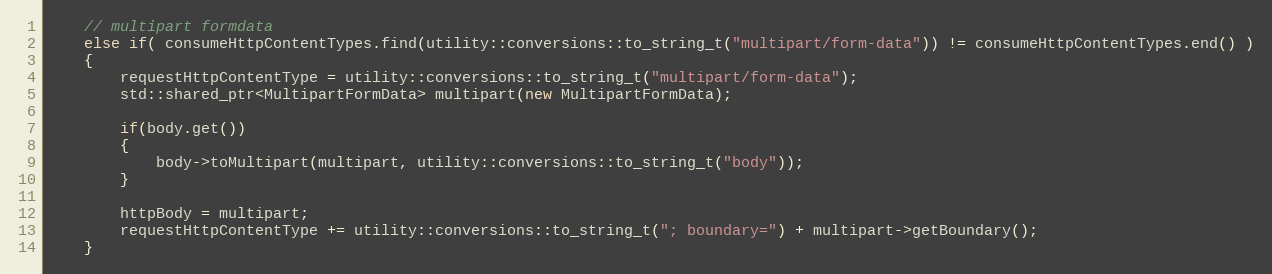
Language: C++
    // multipart formdata
    else if( consumeHttpContentTypes.find(utility::conversions::to_string_t("multipart/form-data")) != consumeHttpContentTypes.end() )
    {
        requestHttpContentType = utility::conversions::to_string_t("multipart/form-data");
        std::shared_ptr<MultipartFormData> multipart(new MultipartFormData);

        if(body.get())
        {
            body->toMultipart(multipart, utility::conversions::to_string_t("body"));
        }

        httpBody = multipart;
        requestHttpContentType += utility::conversions::to_string_t("; boundary=") + multipart->getBoundary();
    }